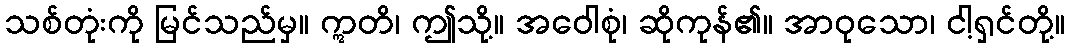
သစ်တုံးကို မြင်သည်မှ။ ဣတိ၊ ဤသို့။ အဝေါစုံ၊ ဆိုကုန်၏။ အာဝုသော၊ ငါ့ရှင်တို့။